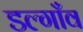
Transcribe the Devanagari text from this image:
डल्गाँव